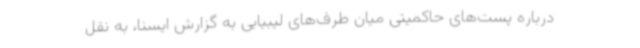
درباره پست‌های حاکمیتی میان طرف‌های لیبیایی به گزارش ایسنا، به نقل